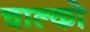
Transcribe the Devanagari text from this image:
चाल्को